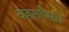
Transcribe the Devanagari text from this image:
बहरूपियों